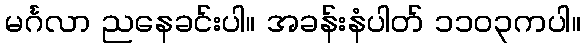
မင်္ဂလာ ညနေခင်းပါ။ အခန်းနံပါတ် ၁၁၀၃ကပါ။